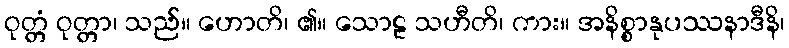
ဝုတ္တံ ဝုတ္တာ၊ သည်။ ဟောတိ၊ ၏။ သောဠ သဟီတိ၊ ကား။ အနိစ္စာနုပဿနာဒီနိ၊